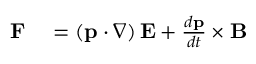
\begin{array} { r l } { \mathbf { F } } & { { } = \left( \mathbf { p } \cdot \nabla \right) \mathbf { E } + { \frac { d \mathbf { p } } { d t } } \times \mathbf { B } } \end{array}